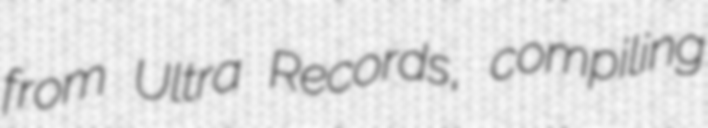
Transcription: from Ultra Records, compiling